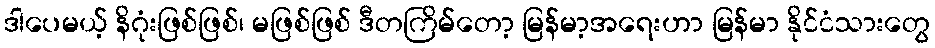
ဒါပေမယ့် နိဂုံးဖြစ်ဖြစ်၊ မဖြစ်ဖြစ် ဒီတကြိမ်တော့ မြန်မာ့အရေးဟာ မြန်မာ နိုင်ငံသားတွေ